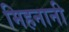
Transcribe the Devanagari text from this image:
मिहनानी